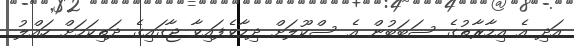
އަދި އެ އިމާރާތުގެ ސަބަބުން އެ ސްކޫލަށް ދިމާވެފައިވާ ޖާގައިގެ ދަތިކަމަށް ހައްލު